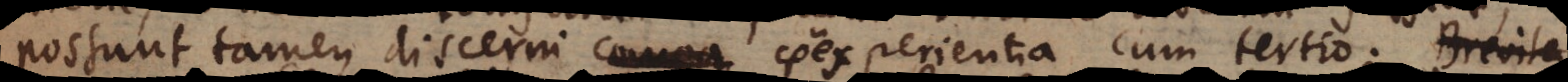
possunt tamen discerni compa coexperientia cum tertio. Breviter